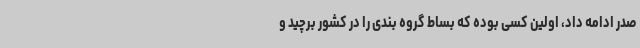
صدر ادامه داد، اولین کسی بوده که بساط گروه بندی را در کشور برچید و